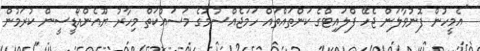
"އެމީހުން ފޮނުވާލަން ޖެހޭ ފްލައިޓްގެ ކަންތައްތައް ހަމަޖެއްސުމުގެ މަސައްކަތް މިހާރު ޔޫއެންއޯޑީސީން ކުރަމުން